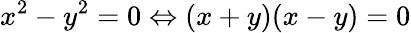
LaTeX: x^{2}-y^{2}=0\Leftrightarrow(x+y)(x-y)=0